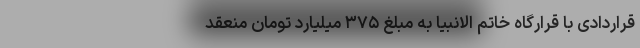
قراردادی با قرارگاه خاتم الانبیا به مبلغ ۳۷۵ میلیارد تومان منعقد